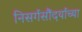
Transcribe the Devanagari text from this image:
निसर्गसौंदर्याच्या